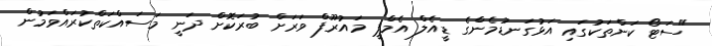
"ސަޓޯ ކަންތަކުގައި އަޅުގަނޑުމެންގެ ޑީއެލް އެމްޕީ މައުރޫފް ވަަރަށް ބުރަކޮށް ދަނީ މަސައްކަތްކުރައްވަމުން